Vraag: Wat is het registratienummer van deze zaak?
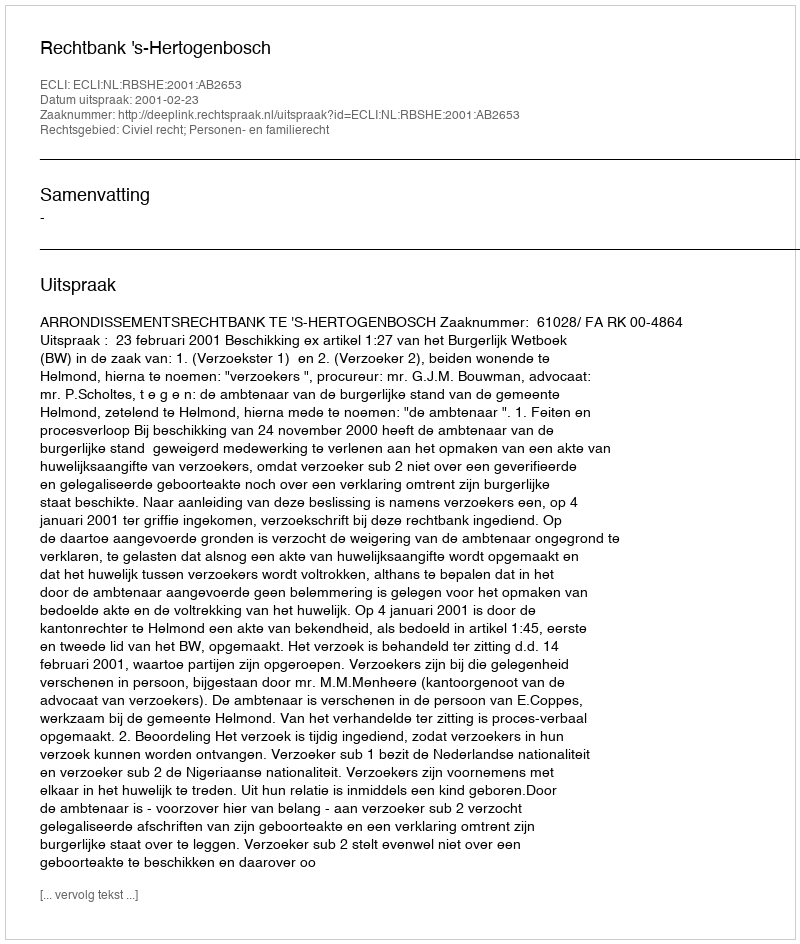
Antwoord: http://deeplink.rechtspraak.nl/uitspraak?id=ECLI:NL:RBSHE:2001:AB2653